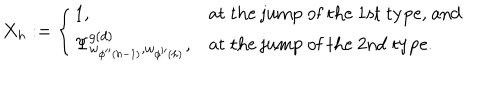
X _ { h } : = \left\{ \begin{array} { l l } { { 1 , } } & { { \mathrm { a t ~ t h e ~ j u m p ~ o f ~ t h e ~ 1 s t ~ t y p e , ~ a n d } } } \\ { { \Psi _ { w _ { \phi ^ { \prime \prime } ( h - 1 ) } , w _ { \phi ^ { \prime \prime } ( h ) } } ^ { g ( d ) } , } } & { { \mathrm { a t ~ t h e ~ j u m p ~ o f ~ t h e ~ 2 n d ~ t y p e . } } } \\ \end{array} \right.